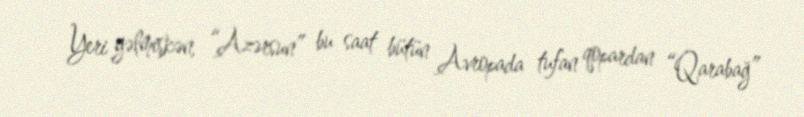
Yeri gəlmişkən, “Azərsun” bu saat bütün Avropada tufan qopardan “Qarabağ”